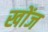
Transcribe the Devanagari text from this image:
खोंज